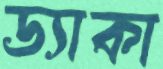
ড্যাকা